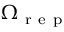
\Omega _ { \mathrm { ~ r ~ e ~ p ~ } }